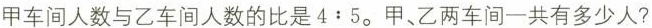
甲车间人数与二车间人数的比是$$4：5$$。甲、乙两车间一共有多少人?